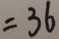
= 3 6